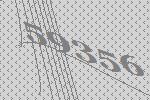
59356